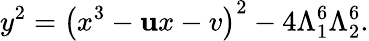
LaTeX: y^{2}=\left(x^{3}-\mathbf{u}x-v\right)^{2}-4\Lambda_{1}^{6}\Lambda_{2}^{6}.